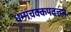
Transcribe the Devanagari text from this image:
धम्मचक्कपवत्तन